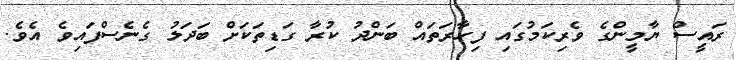
ރައީސް ޔާމީންގެ ވެރިކަމުގައި ފިހާރަތައް ބަންދު ކުރާ ގަޑިތަކަށް ބަދަލު ގެނެސްފައިވެ އެވެ.